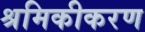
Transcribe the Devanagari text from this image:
श्रमिकीकरण